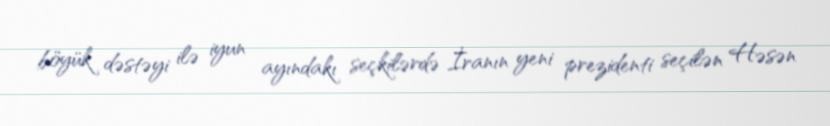
böyük dəstəyi ilə iyun ayındakı seçkilərdə İranın yeni prezidenti seçilən Həsən